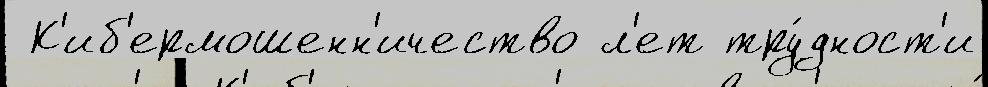
 К'иб'ермошенн'ичество л'ет тру́дност'и